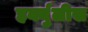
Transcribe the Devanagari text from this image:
हर्क्युलीस